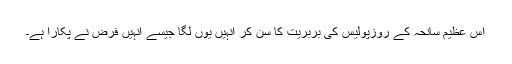
اس عظیم سانحہ کے روزپولیس کی بربریت کا سن کر انہیں یوں لگا جیسے انہیں فرض نے پکارا ہے۔